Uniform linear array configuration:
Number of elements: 4
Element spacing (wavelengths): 0.75
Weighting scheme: hann
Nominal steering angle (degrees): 15
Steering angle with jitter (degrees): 16.96
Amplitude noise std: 0.05
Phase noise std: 0.05

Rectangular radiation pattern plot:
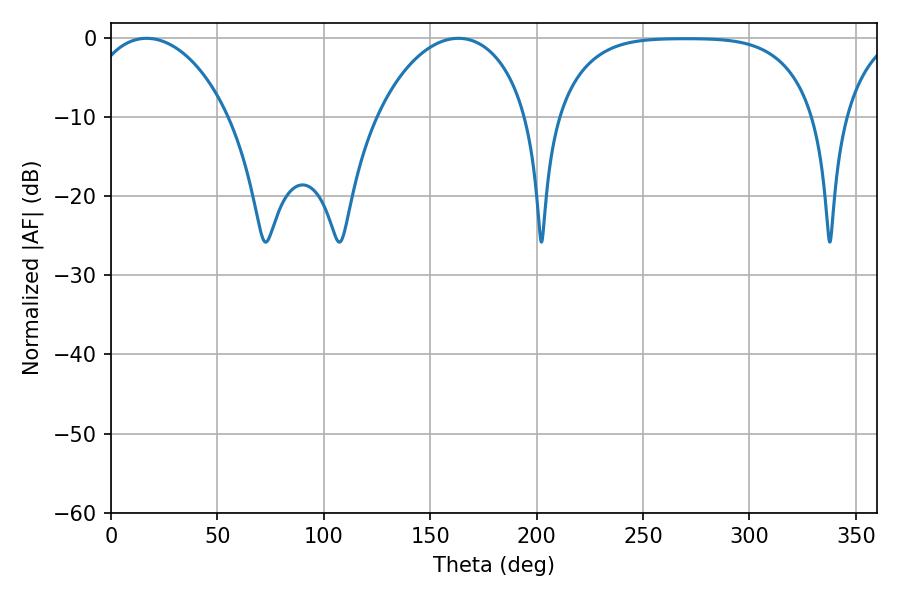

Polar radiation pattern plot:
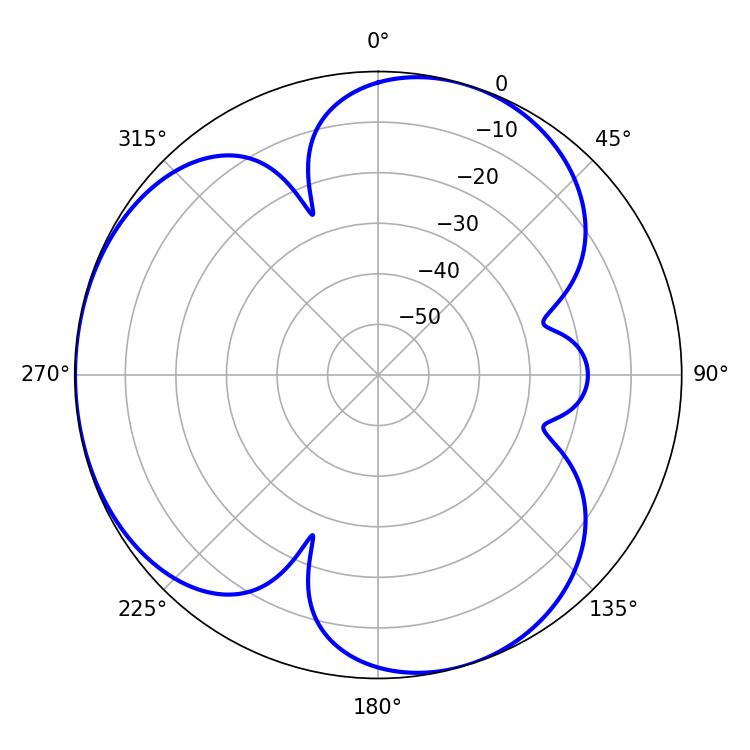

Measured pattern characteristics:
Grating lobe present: TRUE
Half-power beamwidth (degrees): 38.34
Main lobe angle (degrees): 16.74